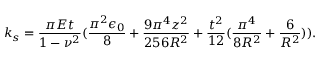
k _ { s } = \frac { \pi E t } { 1 - \nu ^ { 2 } } ( \frac { \pi ^ { 2 } \epsilon _ { 0 } } { 8 } + \frac { 9 \pi ^ { 4 } z ^ { 2 } } { 2 5 6 R ^ { 2 } } + \frac { t ^ { 2 } } { 1 2 } ( \frac { \pi ^ { 4 } } { 8 R ^ { 2 } } + \frac { 6 } { R ^ { 2 } } ) ) .